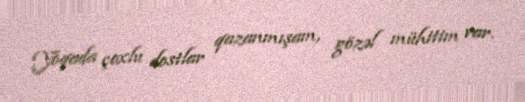
Yoqada çoxlu dostlar qazanmışam, gözəl mühitim var.